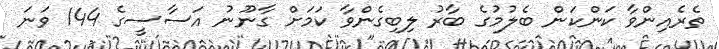
ތެރެއިންވާ ކަންކަން ބެލުމުގެ ބާރު ލިބިގެންވާ ކަމަށް ގާނޫނު އަސާސީގެ 144 ވަނަ